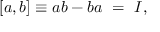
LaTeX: [ a , b ] \equiv a b - b a \ = \ I ,